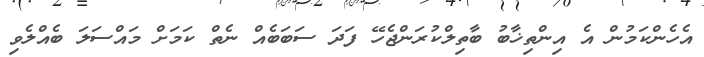
އެހެންކަމުން އެ އިންތިޚާބު ބާތިލްކުރަންޖެހޭ ފަދަ ސަބަބެއް ނެތް ކަމަށް މައްސަލަ ބެއްލެވި